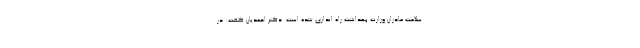
سلامت مادران وزارت بهداشت راه اندازی شده است. دکتر احمدیان گفت: در